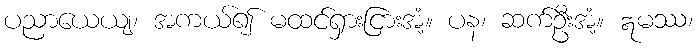
ပညာယေယျ၊ အကယ်၍ မထင်ရှားငြားအံ့။ ပန၊ ဆက်ဦးအံ့။ ဣမဿ၊